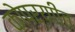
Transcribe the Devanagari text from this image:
कोपर्याीत